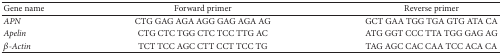
<table><thead><tr><td><b>Gene name</b></td><td><b>Forward primer</b></td><td><b>Reverse primer</b></td></tr></thead><tbody><tr><td><i>APN </i></td><td>CTG GAG AGA AGG GAG AGA AG</td><td>GCT GAA TGG TGA GTG ATA CA</td></tr><tr><td><i>Apelin </i></td><td>CTG CTC TGG CTC TCC TTG AC</td><td>ATG GGT CCC TTA TGG GAG AG</td></tr><tr><td><i>β</i><i>-Actin </i></td><td>TCT TCC AGC CTT CCT TCC TG</td><td>TAG AGC CAC CAA TCC ACA CA</td></tr></tbody></table>